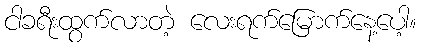
ငါခရီးထွက်လာတဲ့ လေးရက်မြောက်နေ့ပေါ့။